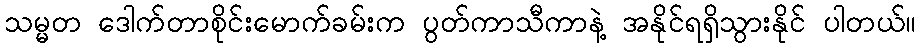
သမ္မတ ဒေါက်တာစိုင်းမောက်ခမ်းက ပွတ်ကာသီကာနဲ့ အနိုင်ရရှိသွားနိုင် ပါတယ်။